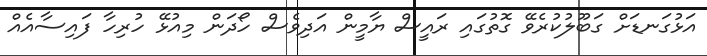
އަޅުގަނޑަށް ގަބޫލުކުރެވޭ ގޮތުގައި ރައީސް ޔާމީން އަދިވެސް ހޯދަން މިއުޅޭ ހުރިހާ ފައިސާއެއް